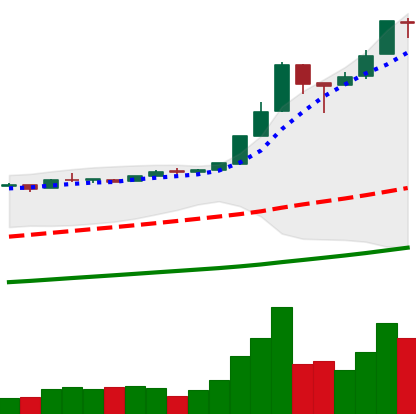
Ticker: BTC-USD
Chart end date: 2016-12-29
Forward return: 7.226%
Label: up_7plus